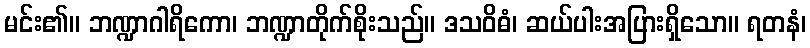
မင်း၏။ ဘဏ္ဍာဂါရိကော၊ ဘဏ္ဍာတိုက်စိုးသည်။ ဒသဝိဓံ၊ ဆယ်ပါးအပြားရှိသော။ ရတနံ၊